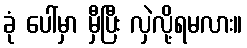
ခုံ ပေါ်မှာ မှီပြီး လှဲလို့ရမလား။